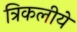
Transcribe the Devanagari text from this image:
त्रिकलीये